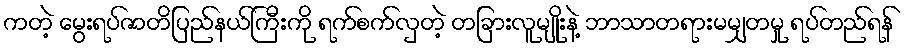
ကတဲ့ မွေးရပ်ဇာတိပြည်နယ်ကြီးကို ရက်စက်လှတဲ့ တခြားလူမျိုးနဲ့ ဘာသာတရားမမျှတမှု ရပ်တည်ရန်